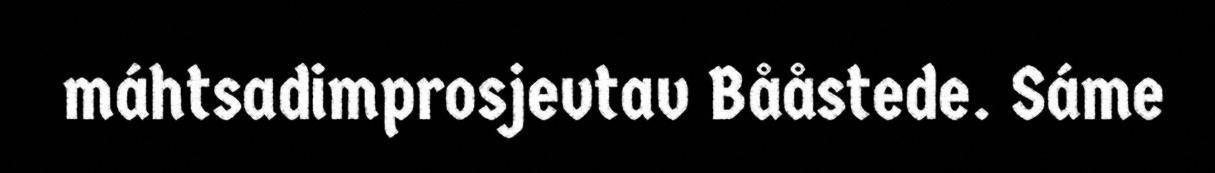
máhtsadimprosjevtav Bååstede. Sáme